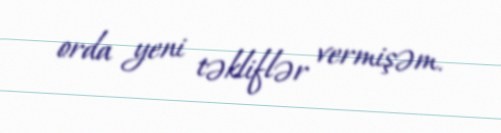
orda yeni təkliflər vermişəm.